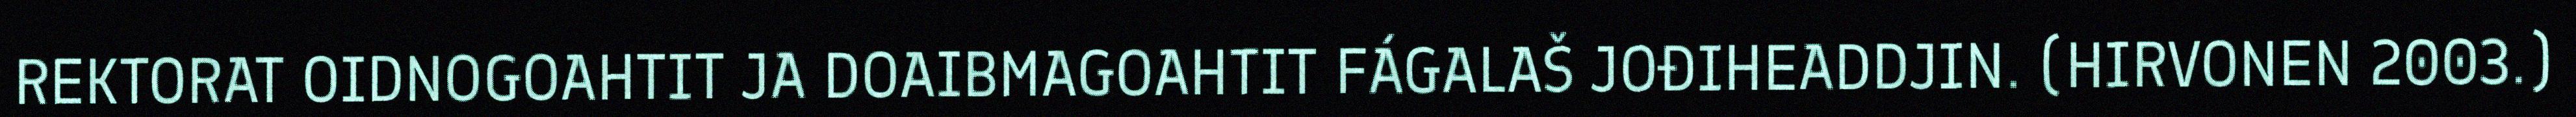
REKTORAT OIDNOGOAHTIT JA DOAIBMAGOAHTIT FÁGALAŠ JOĐIHEADDJIN. (HIRVONEN 2003.)